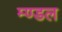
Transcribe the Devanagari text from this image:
म्ण्डल